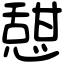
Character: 憇